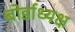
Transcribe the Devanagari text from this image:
बोर्डाध्यक्ष